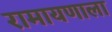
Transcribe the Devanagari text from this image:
रामायणाला